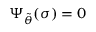
\Psi _ { \Tilde { \theta } } ( \sigma ) = 0